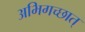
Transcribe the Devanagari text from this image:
अभिगच्छात्